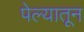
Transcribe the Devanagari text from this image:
पेल्यातून